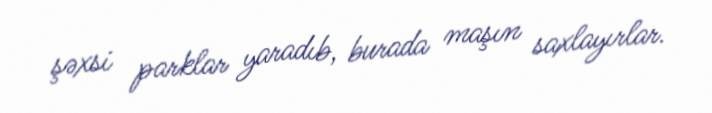
şəxsi parklar yaradıb, burada maşın saxlayırlar.